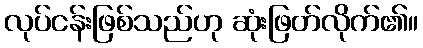
လုပ်ငန်းဖြစ်သည်ဟု ဆုံးဖြတ်လိုက်၏။